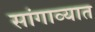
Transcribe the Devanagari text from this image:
सांगाव्यात